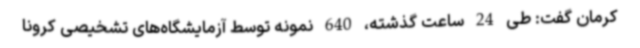
کرمان گفت: طی 24 ساعت گذشته، 640 نمونه توسط آزمایشگاه‌های تشخیصی کرونا